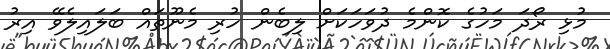
މުޅި ރޯދަ މަހުގެ ކޮންމެ ދުވަހަކަށް ލިބެން ހުރި މެނޫތައް ބަލައިލެވޭ އިރު